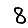
Digit: 8